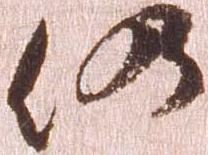
仍